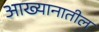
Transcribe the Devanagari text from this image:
आख्यानातील